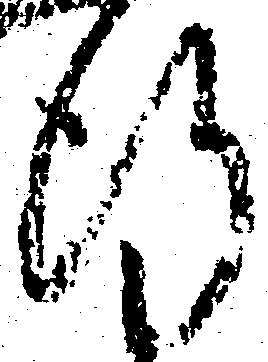
行